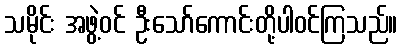
သမိုင်း အဖွဲ့ဝင် ဦးသော်ကောင်းတို့ပါဝင်ကြသည်။